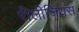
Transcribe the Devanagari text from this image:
रीलीजियस